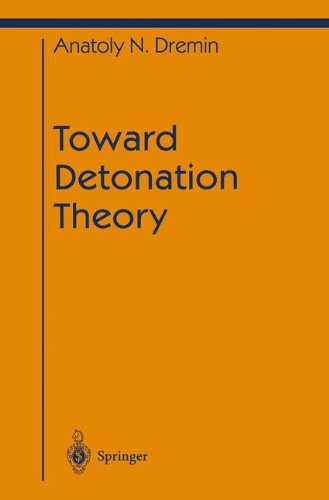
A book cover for Toward Detonation Theory (Shock Wave and High Pressure Phenomena); Anatoly N. Dremin; Science & Math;